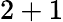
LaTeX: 2+1